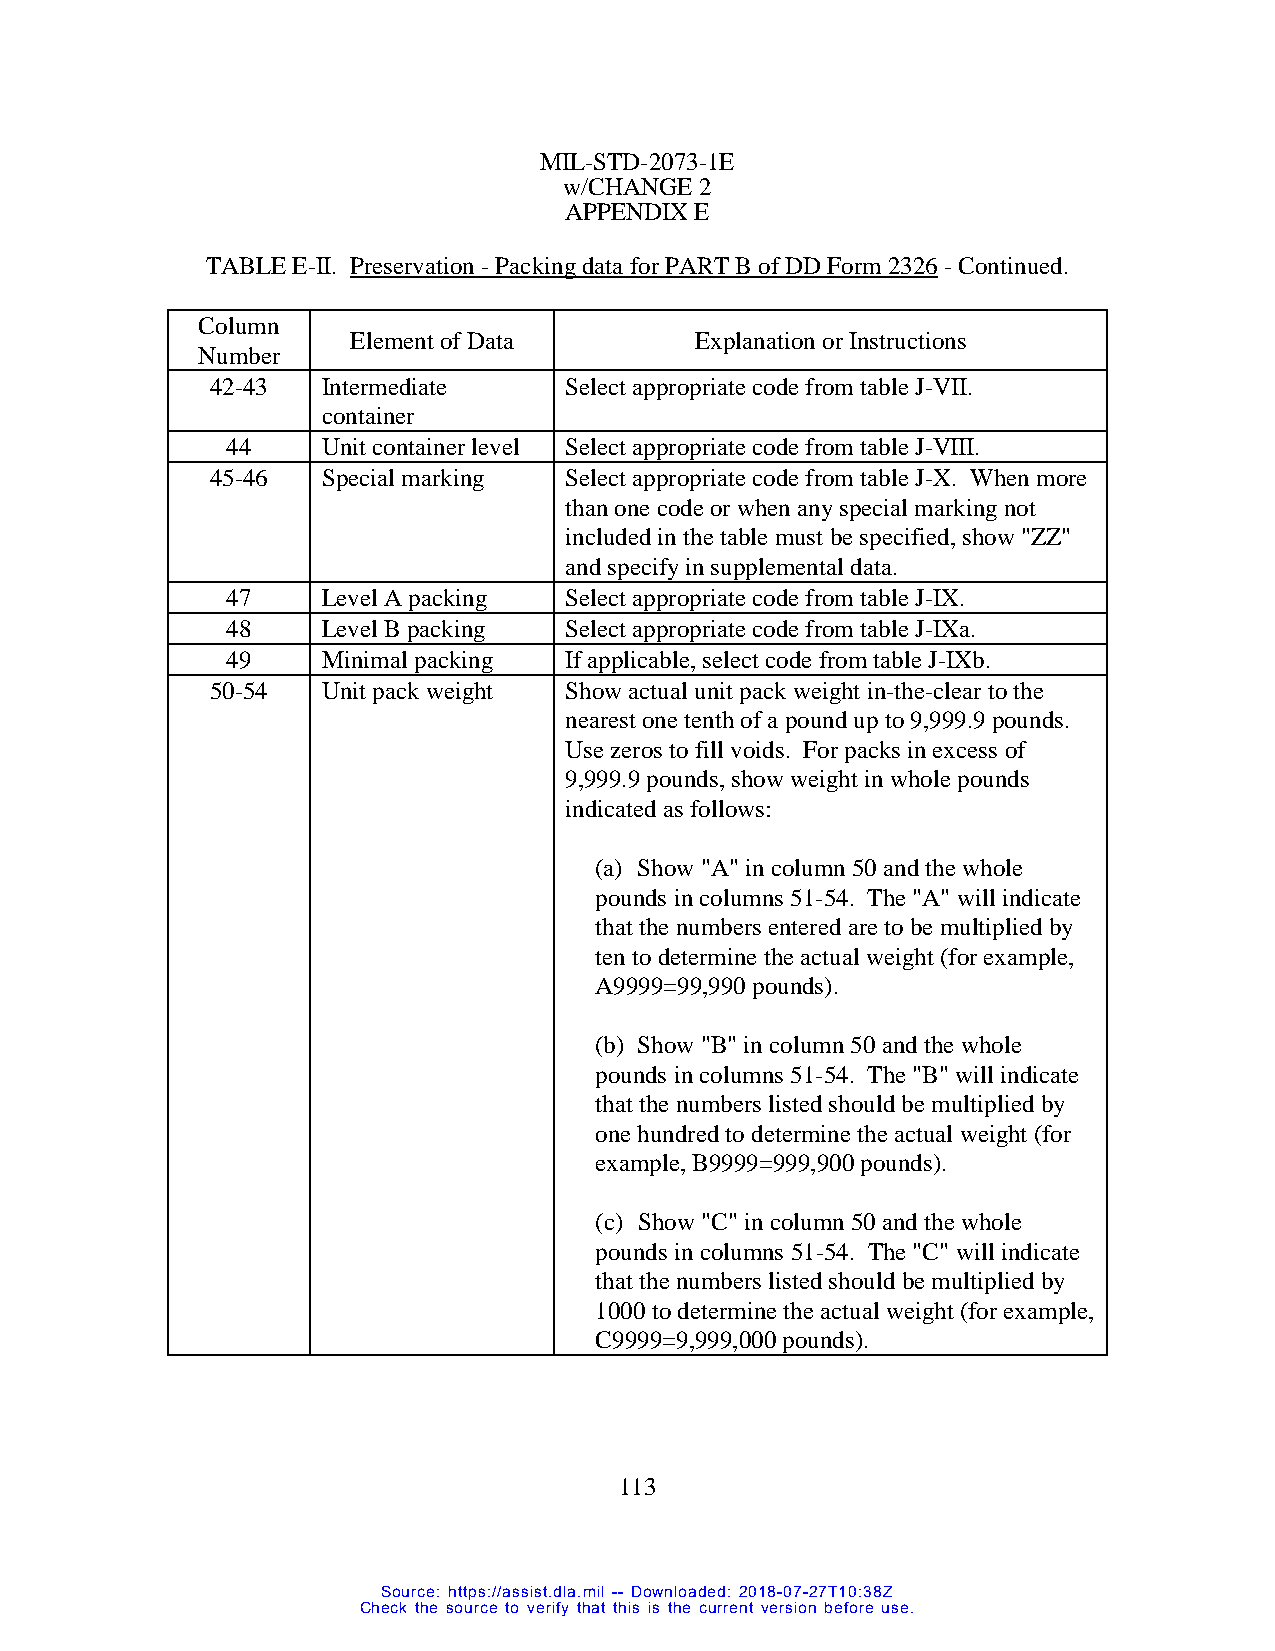
MIL-STD-2073-1E
 w/CHANGE 2
 APPENDIX E
 TABLE E-II. Preservation - Packing data for PART B of DD Form 2326 - Continued.
 Column
 Element of Data        Explanation or Instructions
 Number
 42-43  Intermediate    Select appropriate code from table J-VII.
 container
 44    Unit container level Select appropriate code from table J-VIII.
 45-46  Special marking Select appropriate code from table J-X. When more
 than one code or when any special marking not
 included in the table must be specified, show "ZZ"
 and specify in supplemental data.
 47    Level A packing Select appropriate code from table J-IX.
 48    Level B packing Select appropriate code from table J-IXa.
 49    Minimal packing If applicable, select code from table J-IXb.
 50-54  Unit pack weight Show actual unit pack weight in-the-clear to the
 nearest one tenth of a pound up to 9,999.9 pounds.
 Use zeros to fill voids. For packs in excess of
 9,999.9 pounds, show weight in whole pounds
 indicated as follows:
 (a) Show "A" in column 50 and the whole
 pounds in columns 51-54. The "A" will indicate
 that the numbers entered are to be multiplied by
 ten to determine the actual weight (for example,
 A9999=99,990 pounds).
 (b) Show "B" in column 50 and the whole
 pounds in columns 51-54. The "B" will indicate
 that the numbers listed should be multiplied by
 one hundred to determine the actual weight (for
 example, B9999=999,900 pounds).
 (c) Show "C" in column 50 and the whole
 pounds in columns 51-54. The "C" will indicate
 that the numbers listed should be multiplied by
 1000 to determine the actual weight (for example,
 C9999=9,999,000 pounds).
 113
 Source: https://assist.dla.mil -- Downloaded: 2018-07-27T10:38Z
 Check the source to verify that this is the current version before use.